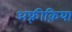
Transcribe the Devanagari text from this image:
अफ़्रीक़िया